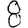
Digit: 8